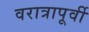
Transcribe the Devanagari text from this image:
वरात्रापूर्वी